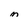
Character: M